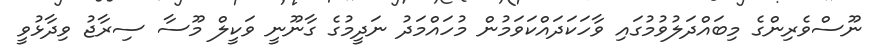
ނޫސްވެރިންގެ މިބައްދަލުވުމުގައި ވާހަކަދައްކަވަމުން މުހައްމަދު ނަދީމުގެ ގާނޫނީ ވަކީލް މޫސާ ސިރާޖު ވިދާޅުވީ